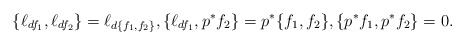
\begin{align*}\{\ell_{df_1},\ell_{df_2}\} = \ell_{d\{f_1,f_2\}},\{\ell_{df_1},p^*f_2\} = p^*\{f_1,f_2\},\{p^*f_1,p^*f_2\} = 0. \end{align*}